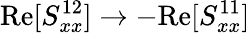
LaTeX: \textrm{Re}[S_{xx}^{12}]\rightarrow-\textrm{Re}[S_{xx}^{11}]